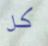
كل